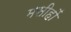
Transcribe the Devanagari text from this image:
मसीहों